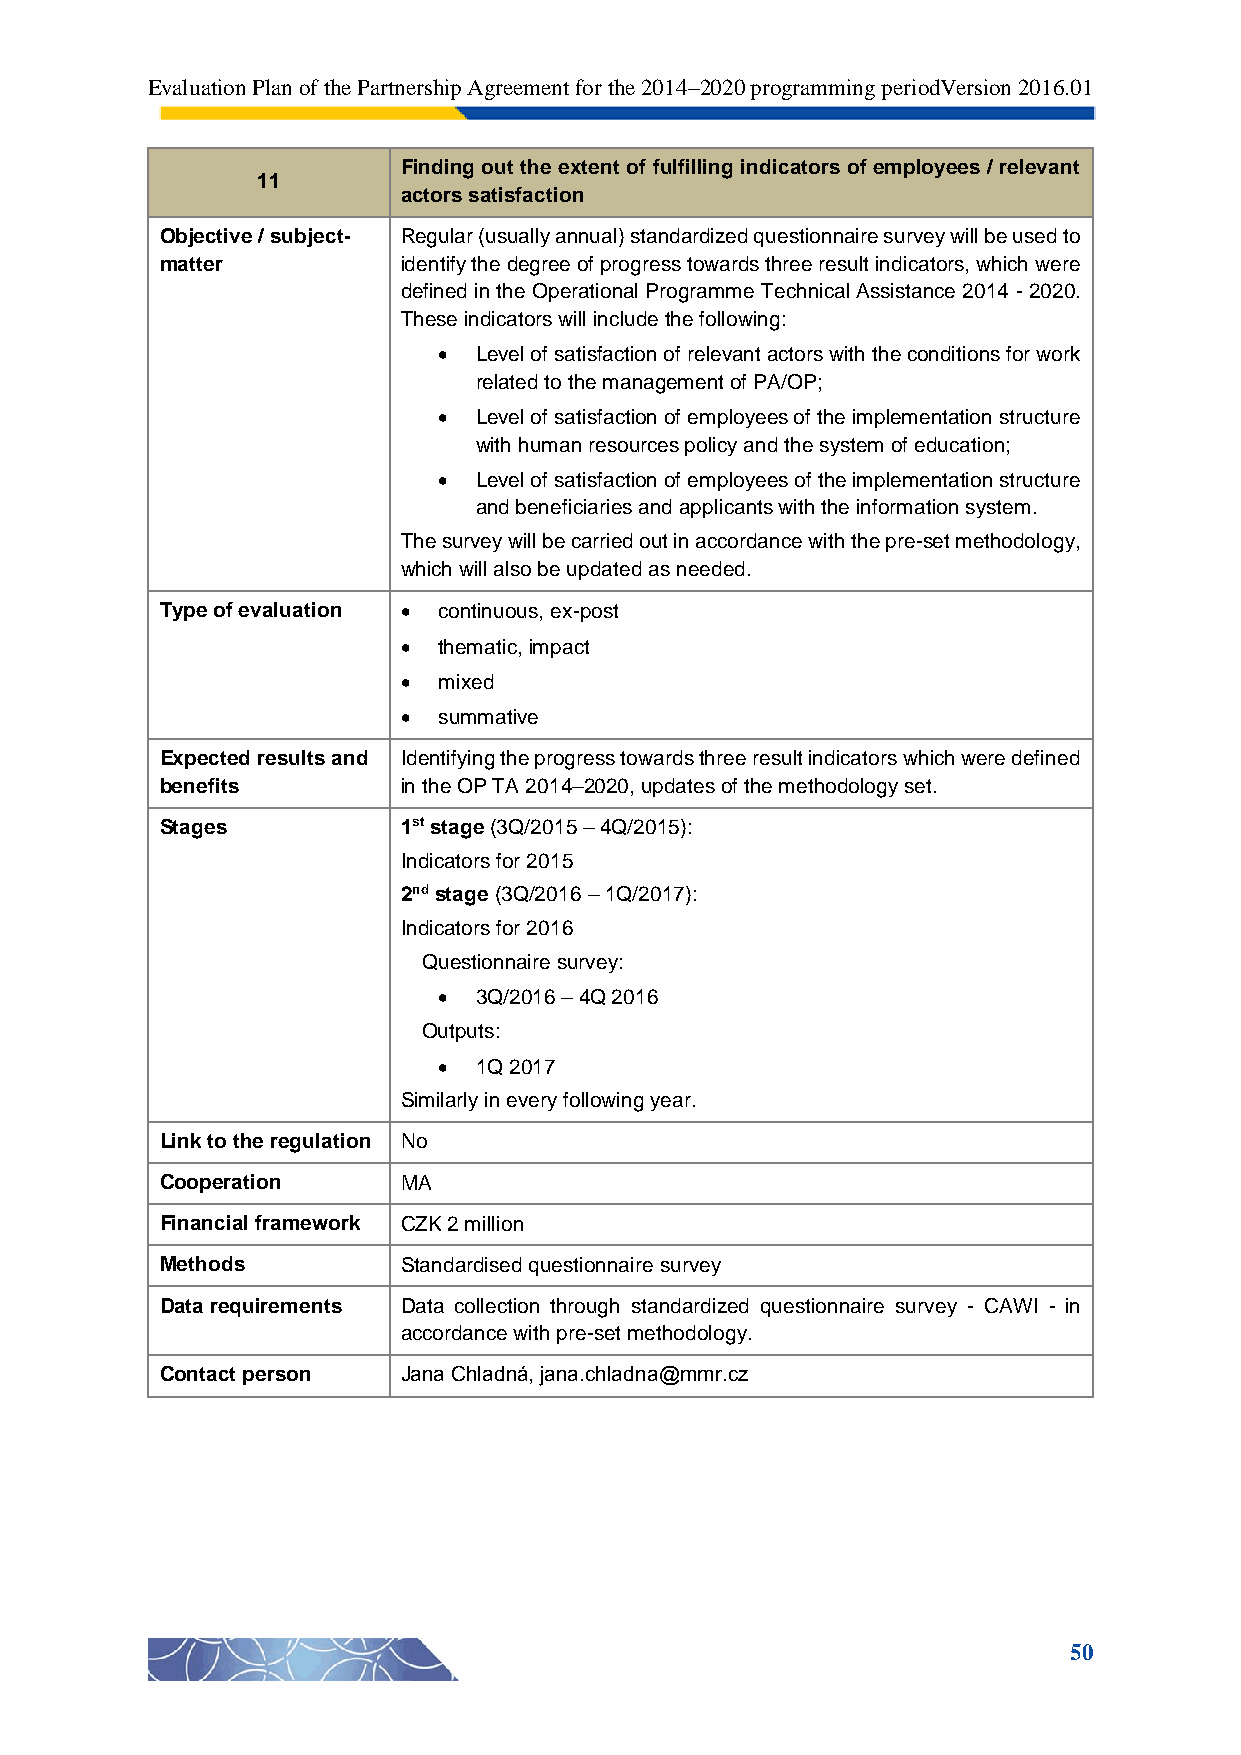
Evaluation Plan of the Partnership Agreement for the 2014–2020 programming periodVersion 2016.01
 Finding out the extent of fulfilling indicators of employees / relevant
 11
 actors satisfaction
 Objective / subject- Regular (usually annual) standardized questionnaire survey will be used to
 matter          identify the degree of progress towards three result indicators, which were
 defined in the Operational Programme Technical Assistance 2014 - 2020.
 These indicators will include the following:
  Level of satisfaction of relevant actors with the conditions for work
 related to the management of PA/OP;
  Level of satisfaction of employees of the implementation structure
 with human resources policy and the system of education;
  Level of satisfaction of employees of the implementation structure
 and beneficiaries and applicants with the information system.
 The survey will be carried out in accordance with the pre-set methodology,
 which will also be updated as needed.
 Type of evaluation  continuous, ex-post
  thematic, impact
  mixed
  summative
 Expected results and Identifying the progress towards three result indicators which were defined
 benefits        in the OP TA 2014–2020, updates of the methodology set.
 Stages          1st stage (3Q/2015 – 4Q/2015):
 Indicators for 2015
 2nd stage (3Q/2016 – 1Q/2017):
 Indicators for 2016
 Questionnaire survey:
  3Q/2016 – 4Q 2016
 Outputs:
  1Q 2017
 Similarly in every following year.
 Link to the regulation No
 Cooperation     MA
 Financial framework CZK 2 million
 Methods         Standardised questionnaire survey
 Data requirements Data collection through standardized questionnaire survey - CAWI - in
 accordance with pre-set methodology.
 Contact person  Jana Chladná, jana.chladna@mmr.cz
 50